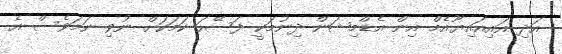
އަދި އައިއައިޔޫއެމް އިން އެޑްމިޝަން ދިނުމަކީ ފަސޭހަ ކަމަކަށް ނުވި ނަމަވެސް އެ